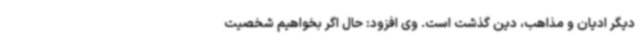
دیگر ادیان و مذاهب، دین گذشت است. وی افزود: حال اگر بخواهیم شخصیت